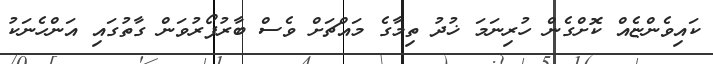
ކައިވެންޏެއް ކޮށްގެން ހުރިނަމަ ޚުދު ތިމާގެ މައްޗަށް ވެސް ބާރުފޯރުވަން ގާތުގައި އަންހެނަކު